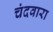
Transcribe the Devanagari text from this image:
चंदवारा